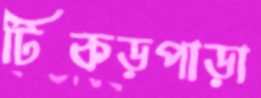
টিকড়পাড়া